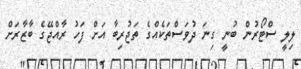
ލިލީ ސްޓޯރުން ބުނީ ގިނަ ދުވަސްތަކެއްގެ ތަޖުރިބާ އަށް ފަހު ރާއްޖޭގެ ބާޒާރަށް